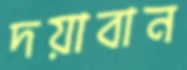
দয়াবান